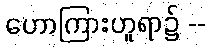
ဟောကြားဟူရာ၌ --